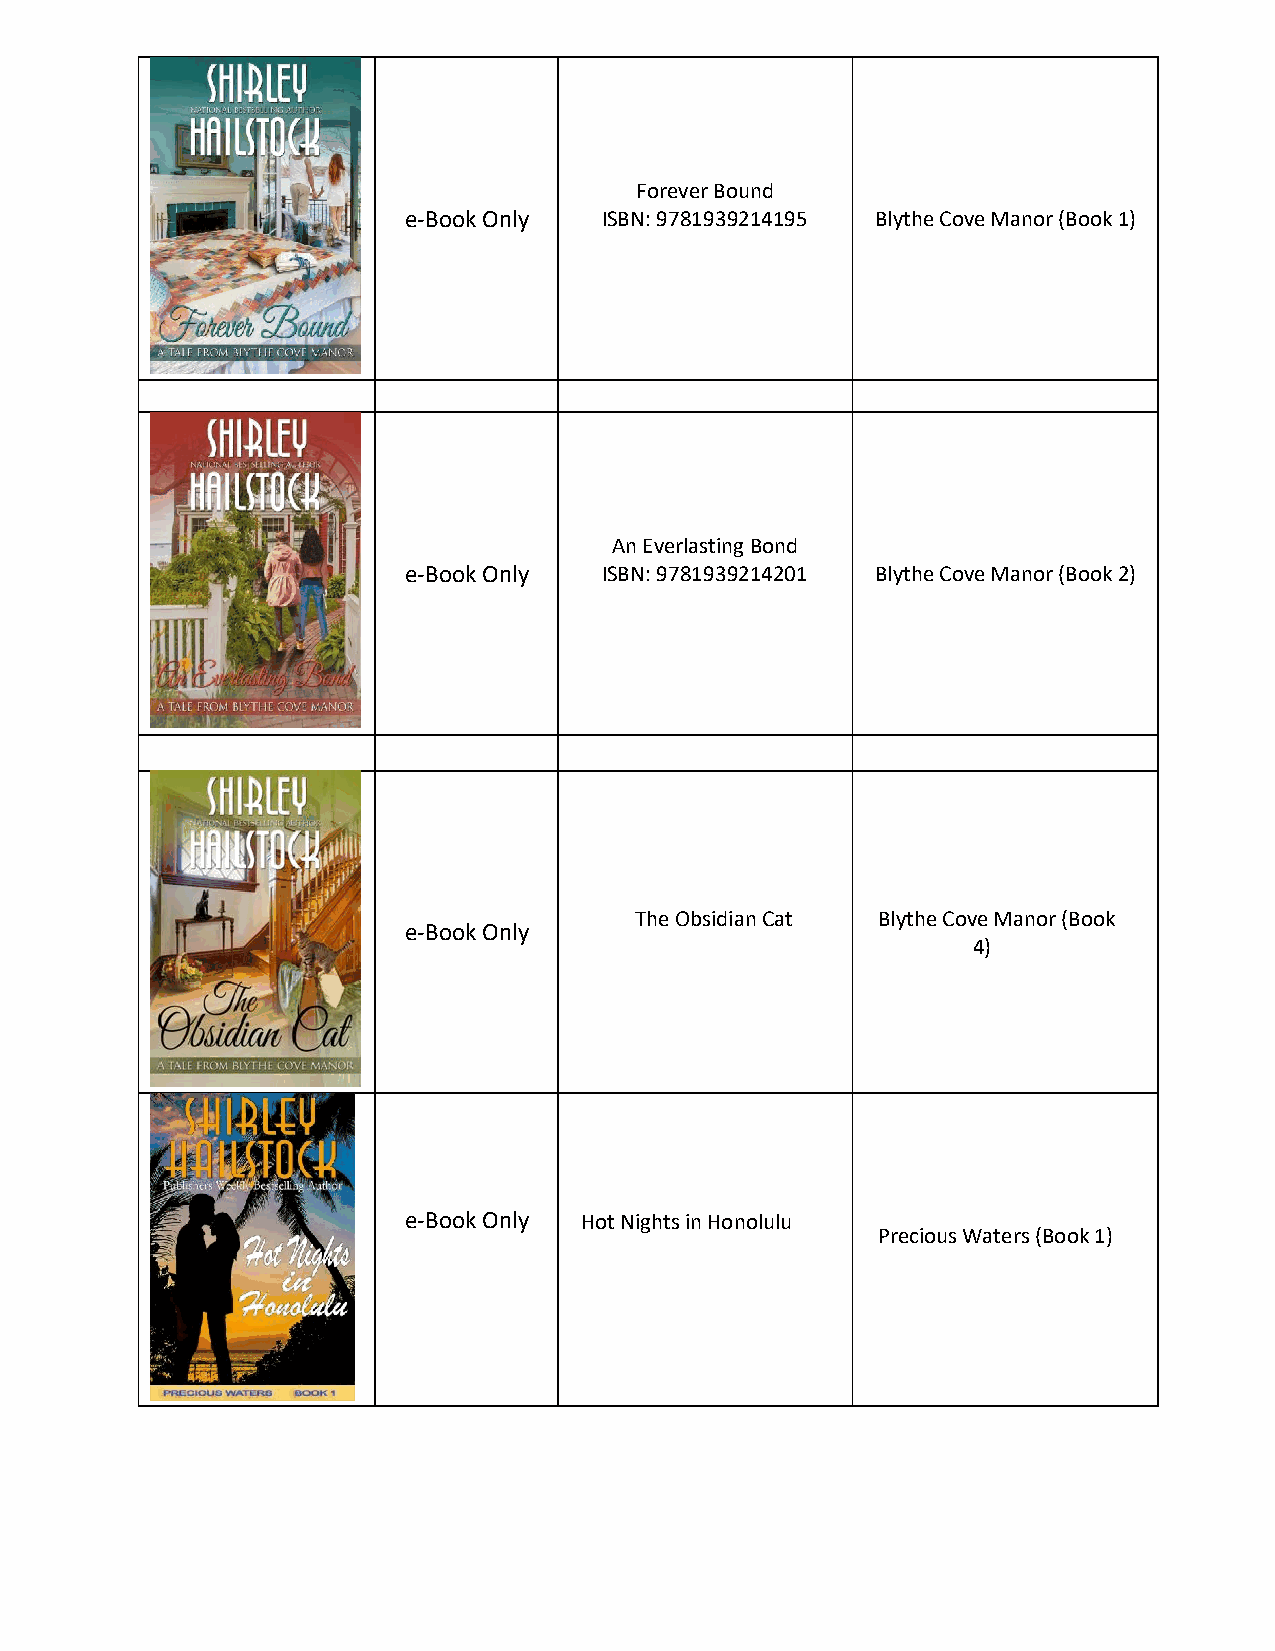
Forever Bound
 e-Book Only  ISBN: 9781939214195 Blythe Cove Manor (Book 1)
 An Everlasting Bond
 e-Book Only  ISBN: 9781939214201 Blythe Cove Manor (Book 2)
 The Obsidian Cat Blythe Cove Manor (Book
 e-Book Only
 4)
 e-Book Only Hot Nights in Honolulu
 Precious Waters (Book 1)